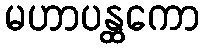
မဟာပန္ထကော